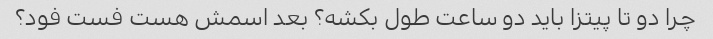
چرا دو تا پیتزا باید دو ساعت طول بکشه؟ بعد اسمش هست فست فود؟